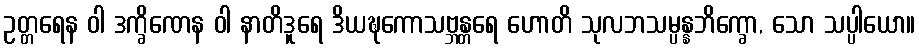
ဥတ္တရေန ဝါ ဒက္ခိဏေန ဝါ နာတိဒူရေ ဒိယဍ္ဎကောသဗ္ဘန္တရေ ဟောတိ သုလဘသမ္ပန္နဘိက္ခော, သော သပ္ပါယော။